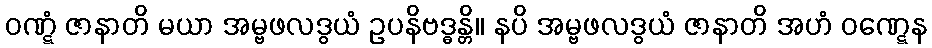
ဝဏ္ဋံ ဇာနာတိ မယာ အမ္ဗဖလဒွယံ ဥပနိဗဒ္ဓန္တိ။ နပိ အမ္ဗဖလဒွယံ ဇာနာတိ အဟံ ဝဏ္ဋေန